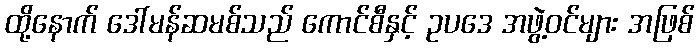
ထို့နောက် ဒေါ်မန်ဆမစ်သည် ကောင်စီနှင့် ဥပဒေ အဖွဲ့ဝင်များ အဖြစ်